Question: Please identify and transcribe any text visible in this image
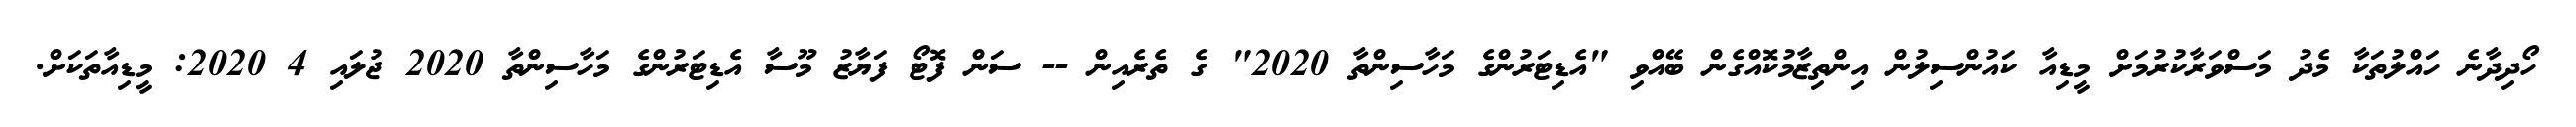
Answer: ހޯދިދާނެ ހައްލުތަކާ މެދު މަސްވަރާކުރުމަށް މީޑިއާ ކައުންސިލުން އިންތިޒާމުކޮއްގެން ބޭއްވި "އެޑިޓަރުންގެ މަހާސިންތާ 2020" ގެ ތެރެއިން -- ސަން ފޮޓޯ ފަޔާޒު މޫސާ އެޑިޓަރުންގެ މަހާސިންތާ 2020 ޖުލައި 4 2020: މީޑިއާތަކަށް.